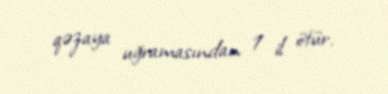
qəzaya uğramasından 1 il ötür.